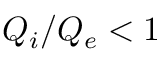
Q _ { i } / Q _ { e } < 1